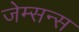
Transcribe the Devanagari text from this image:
जेम्सन्स